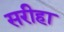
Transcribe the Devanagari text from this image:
सरीहा